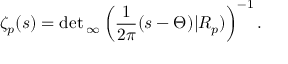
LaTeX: \zeta _ { p } ( s ) = \operatorname* { d e t } { } _ { \infty } \left( { \frac { 1 } { 2 \pi } } ( s - \Theta ) | R _ { p } ) \right) ^ { - 1 } .